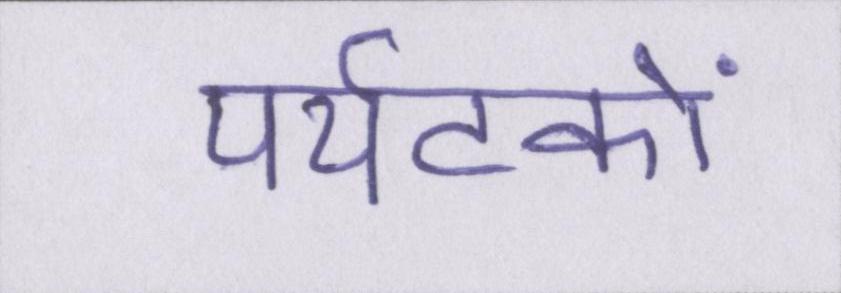
पर्यटकों